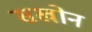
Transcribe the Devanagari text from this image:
सखोन